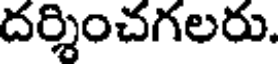
దర్శించగలరు.